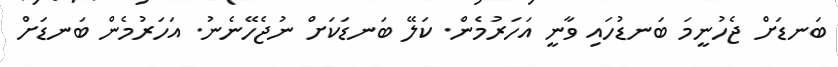
ބަނޑަށް ޖެހުނީމަ ބަނޑުހައި ވާނީ އަހަރުމެން. ކަލޭ ބަނޑަކަށް ނުޖެހޭނެނު. އަހަރުމެން ބަނޑަށް